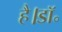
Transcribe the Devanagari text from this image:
है।डॉ॰